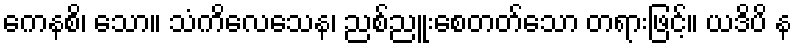
ကေနစိ၊ သော။ သံကိလေသေန၊ ညစ်ညူးစေတတ်သော တရားဖြင့်။ ယဒိပိ န